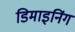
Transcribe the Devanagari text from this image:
डिमाइनिंग